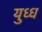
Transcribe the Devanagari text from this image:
युध्ध